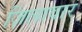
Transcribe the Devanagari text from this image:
ज़िलावार